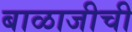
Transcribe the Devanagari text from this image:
बाळाजीची